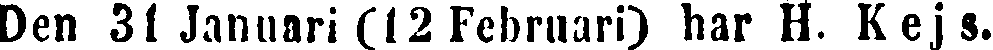
Den 31 Januari (12 Februari) har H. Kejs.